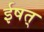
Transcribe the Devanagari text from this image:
ईषत्‌